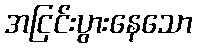
အငြင်းပွားနေသော